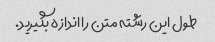
طول این رشته متن را اندازه بگیرید.